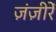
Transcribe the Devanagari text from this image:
ज़ंज़ीरें